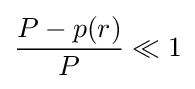
{\frac {P-p(r)}{P}}\ll 1